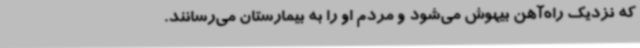
که نزدیک راه‌آهن بیهوش می‌شود و مردم او را به بیمارستان می‌رسانند.